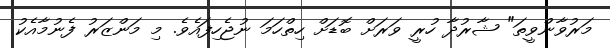
މަރުވާންވީތަ" ޝާރުދާ ހުރީ ވަރަށް ބޮޑަށް ހިތްހަމަ ނުޖެހިފައެވެ. މި މަންޒަރު ފެނުމާއެކު